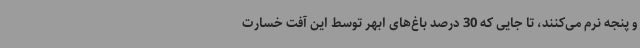
و پنجه نرم می‌کنند، تا جایی که 30 درصد باغ‌های ابهر توسط این آفت خسارت